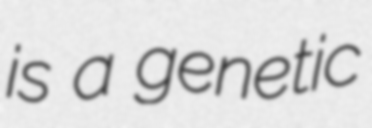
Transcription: is a genetic